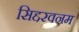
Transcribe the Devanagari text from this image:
सिद्दरवनम